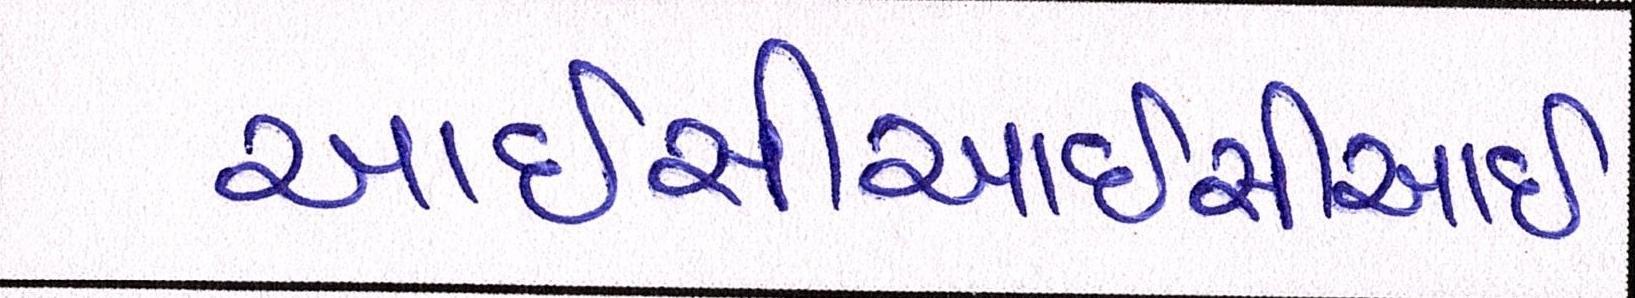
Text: આઈસીઆઈસીઆઈ